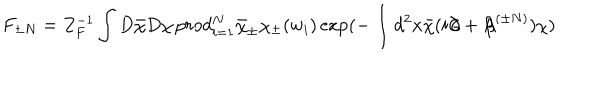
F _ { \pm N } = Z _ { F } ^ { - 1 } \int D \bar { \chi } D \chi \, p r o d _ { i = 1 } ^ { N } \bar { \chi } _ { \pm } \chi _ { \pm } ( w _ { i } ) \exp ( - \int d ^ { 2 } x \bar { \chi } ( i \! \! \not \! \partial + { \not \! \! A } ^ { ( \pm N ) } ) \chi )